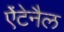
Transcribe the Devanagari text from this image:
ऐंटेनैल